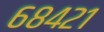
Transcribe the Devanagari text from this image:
६८४२१